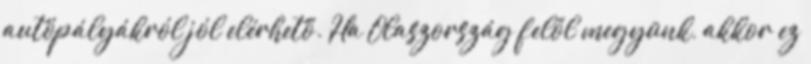
autópályákról jól elérhető. Ha Olaszország felől megyünk, akkor ez